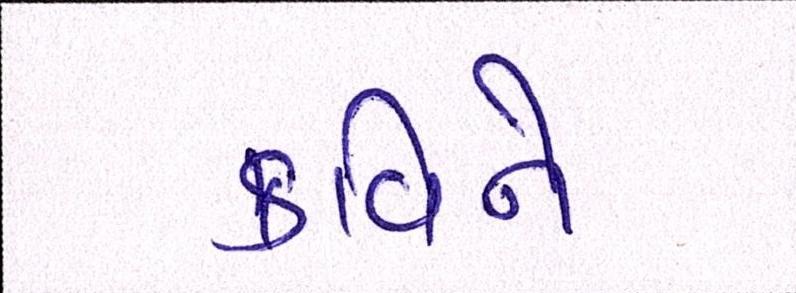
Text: કવિને